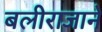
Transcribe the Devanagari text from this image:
बलीराजाने